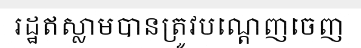
រដ្ឋឥស្លាមបានត្រូវបណ្តេញចេញ